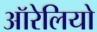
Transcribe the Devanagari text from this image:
ऑरेलियो